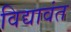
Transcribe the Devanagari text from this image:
विद्यावंत